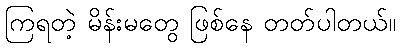
ကြရတဲ့ မိန်းမတွေ ဖြစ်နေ တတ်ပါတယ်။